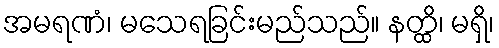
အမရဏံ၊ မသေရခြင်းမည်သည်။ နတ္ထိ၊ မရှိ၊